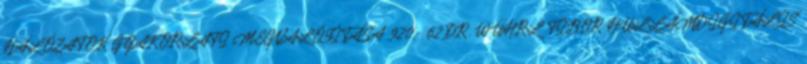
HÁLÓZATOK GYAKORLATI MEGVALÓSÍTÁSA 920,- 62 DR. WÜHRL TIBOR HULLÁMDIGITÁLIS